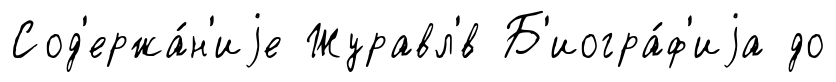
Сод'ержа́н'иjе Журавл'́в Б'иогра́ф'иjа до